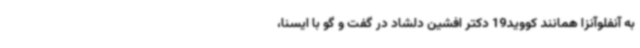
به آنفلوآنزا همانند کووید19 دکتر افشین دلشاد در گفت و گو با ایسنا،